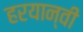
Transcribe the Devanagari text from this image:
हरयान्वी